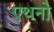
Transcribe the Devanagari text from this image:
एथनो